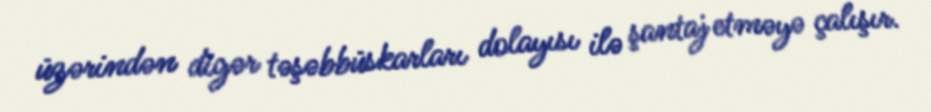
üzərindən digər təşəbbüskarları dolayısı ilə şantaj etməyə çalışır.